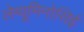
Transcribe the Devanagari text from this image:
लेग्यूमिनोसिई